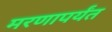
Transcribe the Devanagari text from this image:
मरणापर्यंत